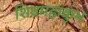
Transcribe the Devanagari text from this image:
शिवमहाकुंभ